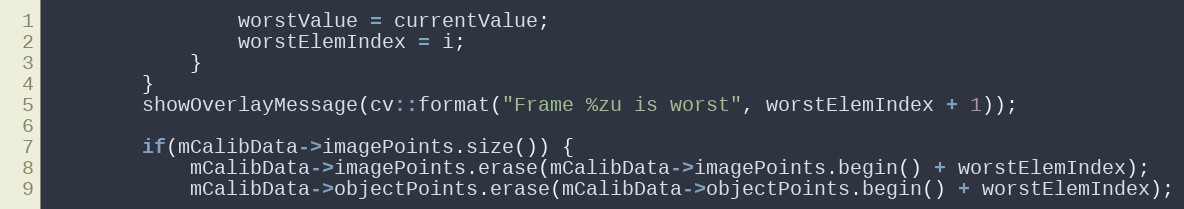
Language: C++
                worstValue = currentValue;
                worstElemIndex = i;
            }
        }
        showOverlayMessage(cv::format("Frame %zu is worst", worstElemIndex + 1));

        if(mCalibData->imagePoints.size()) {
            mCalibData->imagePoints.erase(mCalibData->imagePoints.begin() + worstElemIndex);
            mCalibData->objectPoints.erase(mCalibData->objectPoints.begin() + worstElemIndex);